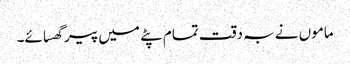
ماموں نے بہ دقت تمام پٹے میں پیر گھسائے۔